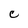
Character: C